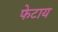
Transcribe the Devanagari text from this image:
फेटाय